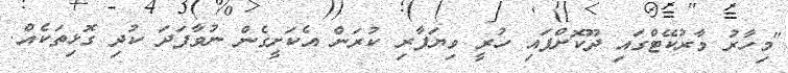
"މިހާރު މާރުކޭޓްގައި ދޫކޮށްފައި ހުރީ ވިޔަފާރި ކުރަން އެކަށީގެން ނުވާފަދަ ކުދި ގޮޅިތަކެއް.